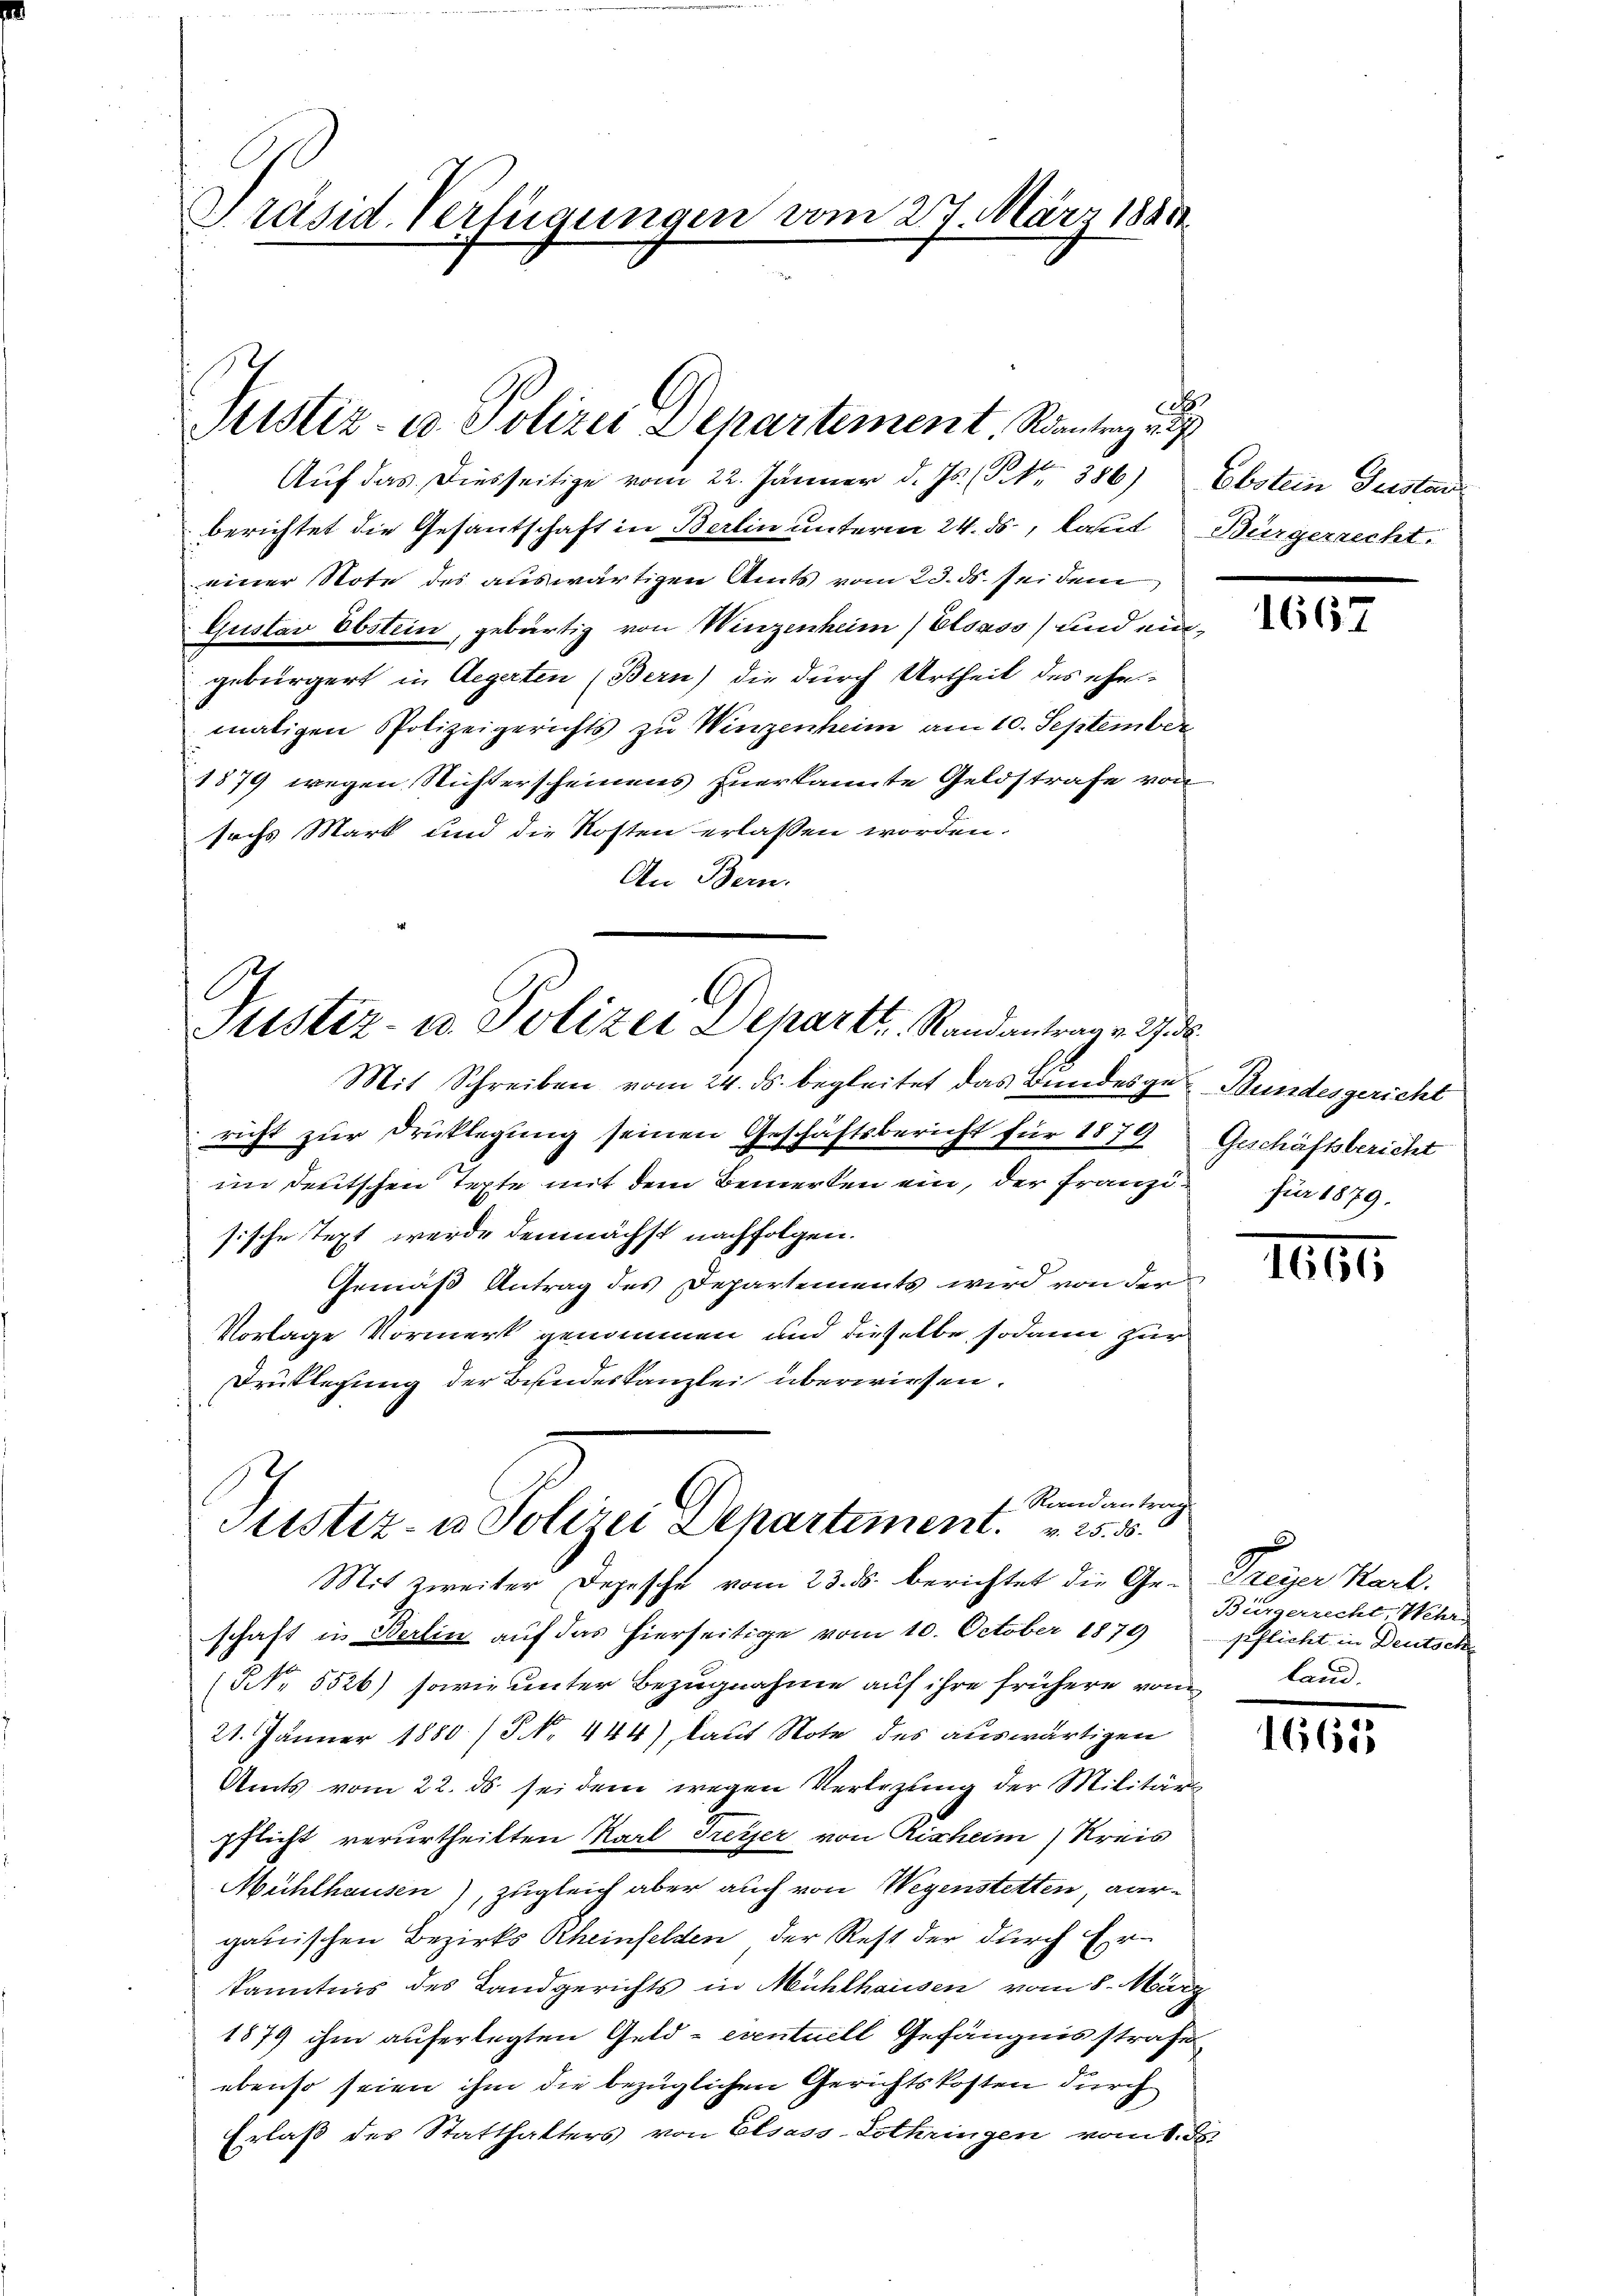
Präsid. Verfügungen vom 27. März 1891

Auf das diesseitige vom 22. Jänner d. Js. (S. 386) Ebstein Gustan
berichtet die Gesantschaft in Berlin unterm 24. ds, laut Bürgerrecht.
einer Note des auswärtigen Amts vom 23. ds. sei dem
Gustav Obstein, gebürtig von Winzenheim Elsass) und ein
gebürgert in Aegerten (Bern) die durch Urtheil des ehe-
maligen Polizeigerichts zu Winzenheim am 10. September
1879 wegen Richterscheinens zuerkannte Geldstrafe von
sechs Mark und die Kosten erlassen worden.
An Bern.

G
Justiz- u. Polizei Departt. Randantrag v. 27. d.

Mistiz- u. Polizei Departement, Rantrag v. 7

f. Randantrag
Justiz- u Polizei Departimen 25. 5.

e

Mit Schreiben vom 24. ds. begleitet das Bundesges Bundesgericht
richt zur Drucklegung seinen Geschäftsbericht für 1870,
im deutschen Tepte mit dem Bemerken ein, der Franzisische Text werde demnächst nachfolgen.
Gemäß Antrag des Departements wird von der
Vorlage Vormerk genommen und dieselbe sodann zur
Drüklegung der Bundeskanzlei überwiesen.
Mit zweiter Depesche vom 23. ds. berichtet die Ge- Freyer Karl.
schaft in Berlin auf das hierseitige vom 10. October 1879
(NNNo. 5526) sowie unter Bezugnahme auf ihre frühere vom Land¬
21. Jänner 1880 / NNo. 444), laut Note des auswärtigen
Amts vom 22. ds. sei dem wegen Verlegung der Militärs
pflicht verurtheilten Karl Freyer von Rischeim) Kreis
Mühlhausen), zugleich aber auch von Wegenstetten, Aarganischen Bezirks Rheinfelden, der Rest der durch Erkanntnis des Landgerichts in Mühlhausen vom 8. März
1879 ihm auferlegten Geld- eventuell Gefängnis strafe
ebenso seien ihm die bezüglichen Gerichtskosten durch
Erlaß des Statthalters von Elsass-Lothringen vom 1. de

1665

Geschäftsbericht
für 1879.

1

Bürgerrecht Wehr
pflicht in Deutsche

16685